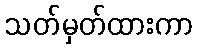
သတ်မှတ်ထားကာ